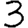
Digit: 3